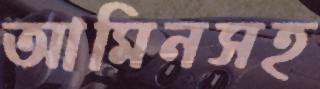
আমিনসহ